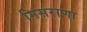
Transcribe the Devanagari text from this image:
मिसराणा